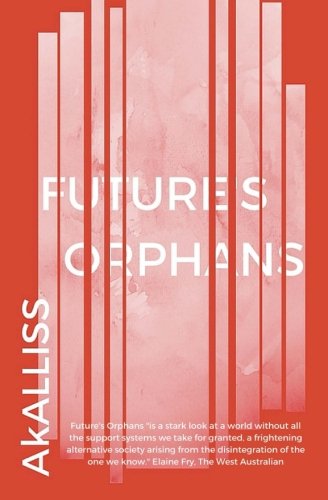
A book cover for Future's Orphans; A K Alliss; Science Fiction & Fantasy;